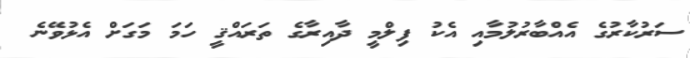
ސަރުކާރުގެ އެއްބާރުލުމާއި އެކު ފިލްމީ ދާއިރާގެ ތަރައްޤީ ހަމަ މަގަށް އެޅުވޭނެ